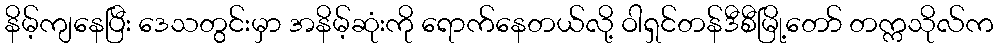
နိမ့်ကျနေပြီး ဒေသတွင်းမှာ အနိမ့်ဆုံးကို ရောက်နေတယ်လို့ ဝါရှင်တန်ဒီစီမြို့တော် တက္ကသိုလ်က